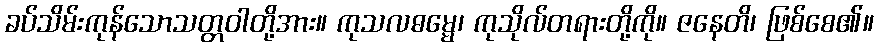
ခပ်သိမ်းကုန်သောသတ္တဝါတို့အား။ ကုသလဓမ္မေ၊ ကုသိုလ်တရားတို့ကို။ ဇနေတိ၊ ဖြစ်စေ၏။